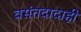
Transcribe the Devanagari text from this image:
वसंतदादाही